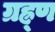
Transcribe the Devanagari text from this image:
ग्रह्र्ण